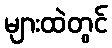
များထဲတွင်